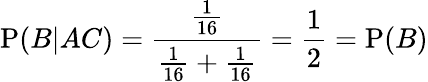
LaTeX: \mathrm{P}(B|AC)={\frac{\frac{1}{16}}{{\frac{1}{16}}+{\frac{1}{16}}}}={\frac{1}{2}}=\mathrm{P}(B)